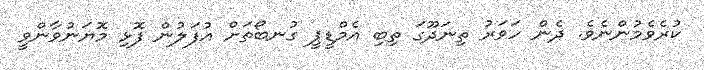
ކުރެވެމުންނެވެ. ދެން ހަވަރު ތިނަދޫގަ ތިބި އެމްޑީޕީ ގުނބޯތަށް އުފަލުން ފޮޅި މޮޔަނުވާންވީ